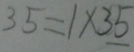
3 5 = 1 \times 3 5